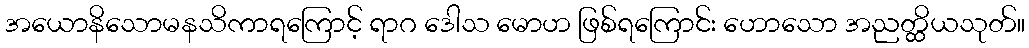
အယောနိသောမနသိကာရကြောင့် ရာဂ ဒေါသ မောဟ ဖြစ်ရကြောင်း ဟောသော အညတ္ထိယသုတ်။